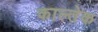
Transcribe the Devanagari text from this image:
काल्तेक